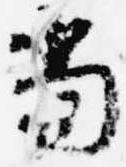
当